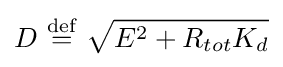
D\ {\stackrel {\mathrm {def} }{=}}\ {\sqrt {E^{2}+R_{tot}K_{d}}}